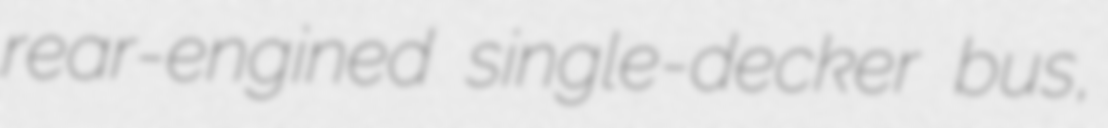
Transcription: rear-engined single-decker bus,